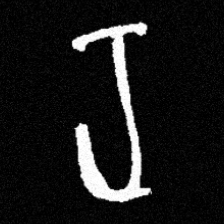
Pyu character \u2014 Myanmar letter: ရ (romanized: ra)